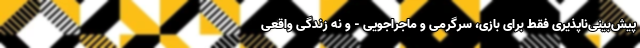
پیش‌بینی‌ناپذیری فقط برای بازی، سرگرمی و ماجراجویی - و نه زندگی واقعی